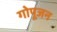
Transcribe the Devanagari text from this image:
गोपूजन